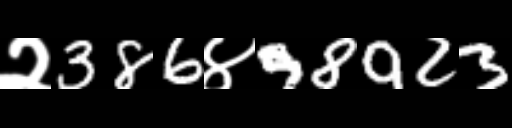
Text: २386४98923